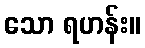
သော ရဟန်း။